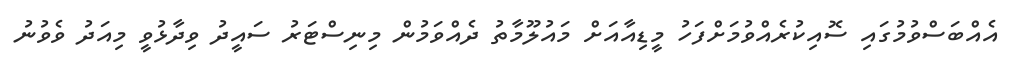
އެއްބަސްވުމުގައި ސޮއިކުރެއްވުމަށްފަހު މީޑިއާއަށް މައުލޫމާތު ދެއްވަމުން މިނިސްޓަރު ސައީދު ވިދާޅުވީ މިއަދު ވެވުނު